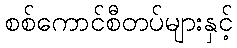
စစ်ကောင်စီတပ်များနှင့်